Lunatic asylums Bombay report 1891-1903 - 1891-1903
Year: 1891
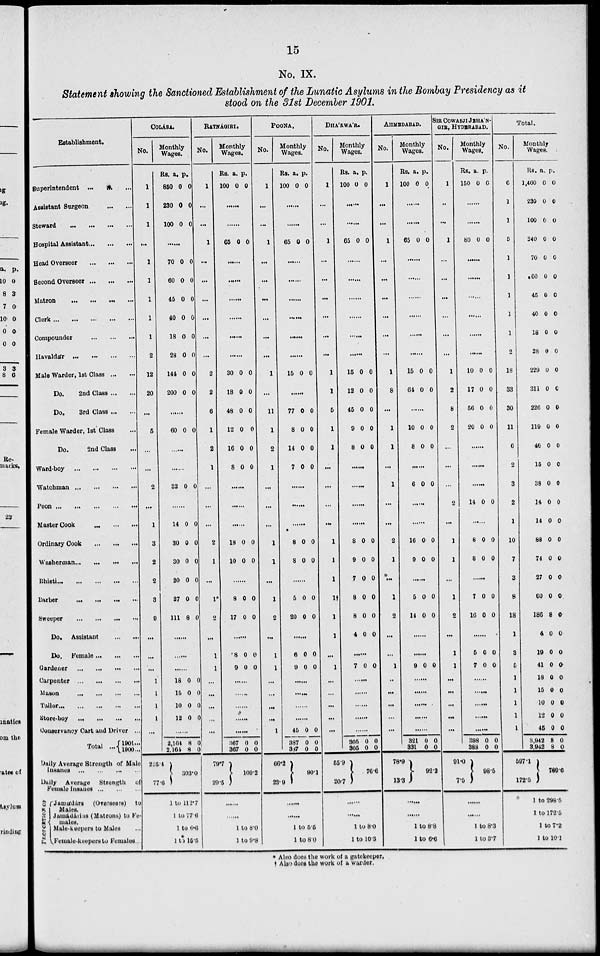
15
No. IX.
Statement showing the Sanctioned Establishment of the Lunatic Asylums in the Bombay Presidency as it
stood on the 31st December 1901.
Establishment.
Superintendent ... ... ...
Assistant Surgeon ... ... ...
Steward ... ... ...
Hospital Assistant ... ... ...
Head Overseer
...
...
...
Second Overseer
...
...
...
Matron
...
...
...
Clerk
...
...
...
...
...
Compounder
...
...
...
Havaldár
...
...
...
...
Male Warder, 1st Class ... ... ...
Do.
2nd Class ... ... ...
Do.
3rd Class ... ... ...
Female Warder, 1st Class ...
Do.
2nd Class ...
Ward-boy ... ... ... ...
Watchman...
...
...
Peon ... ... ... ... ... ...
Master Cook
...
...
...
Ordinary Cook
...
...
...
Washerman
...
...
...
Bhisti...
...
...
...
Barber
...
... ... ...
Sweeper
...
...
...
...
Do. Assistant ... ... ...
Do.
Female
...
...
...
Gardener ... ... ... ...
...
Carpenter
...
...
...
Mason
...
...
...
Tailor
...
...
...
Store-boy
...
... ... ... ...
Conservancy Cart and Driver ...
Total
...
1901 ...
1900 ...
Daily Average Strength of Male
Insanes
...
...
...
...
Daily Average Strength of
Female Insanes
...
...
...
PROPORTION OF
Jamádárs
(Overseers) to
Males.
Jamádárins (Matrons) to Fe-
males.
Male-keepers to Males ...
Female-keepers to Females ...
COLÁBA.
No.
1
1
1
...
1
1
1
1
1
2
12
20
...
5
...
...
2
...
1
3
2
2
3
0
...
...
...
1
1
1
1
...
Monthly
Wages.
Rs.
850
230
100
a.
0
0
0
p.
0
0
0
......
70
60
45
40
18
28
144
200
0
0
0
0
0
0
0
0
0
0
0
0
0
0
0
0
......
60 0 0
......
......
32 0 0
......
14
30
30
20
27
111
0
0
0
0
0
8
0
0
0
0
0
0
......
......
......
18
15
10
12
0
0
0
0
0
0
0
0
......
2,164
2,161
225.4
77.6
8
8
0
0
303.0
1 to 112.7
to 77.6
1 to 6.6
1 to 15.5
RATNÁGIRI.
No.
1
...
...
1
...
...
...
...
...
...
2
2
6
1
2
1
...
...
...
2
1
...
1*
2
...
1
1
...
...
...
...
...
Rs.
100 0
a.
0
Monthly
Wages.
p.
......
65 0
0
......
......
......
......
......
......
30
18
48
12
16
8
0
0
0
0
0
0
0
0
0
0
0
0
......
......
......
18
10
0
0
0
0
8
17
0
0
0
0
8
9
0
0
0
0
......
......
......
......
......
367
367
79.7
29.5
0
0
0
0
109.2
......
......
1 to 8.0
1 to 9.8
POONA.
No.
1
...
...
1
...
...
...
...
...
...
1
...
11
1
2
1
...
...
...
1
1
...
1
2
...
1
1
...
...
...
...
1
Monthly
Wages.
Rs.
100
a.
0
p
0
......
65 0 0
......
......
15 0 0
......
77
8
14
7
0
0
0
0
0
0
0
0
......
......
......
8
8
0
0
0
0
5
20
0
0
0
0
......
6
9
0
0
0
0
......
......
......
......
45
387
387
66.2
23.9
0
0
0
0
0
0
90.1
......
......
1 to 5.5
1 to 80
DHA'RWA'R.
No.
1
...
...
1
...
...
...
...
...
...
1
1
5
1
1
...
...
...
...
1
1
1
1†
1
1
...
1
...
...
...
...
...
Monthly
Wages.
Rs.
100
p.
0 0
......
......
65 0 0
......
......
......
......
......
......
15
12
45
9
8
0
0
0
0
0
0
0
0
0
0
......
......
......
......
8
9
7
8
8
4
0
0
0
0
0
0
0
0
0
0
0
0
......
7 0 0
......
......
......
......
......
305
305
55.9
20.7
0
0
0
0
76.6
......
1 to 8.0
1 to 10-3
AHMEDABAD.
No.
1
...
...
1
...
...
...
...
...
...
1
8
...
1
1
...
1
...
...
2
1
...
1
2
...
...
1
..
...
...
...
...
Monthly
Wages.
Rs.
100
a.
0
p
0
......
......
65 0 0
......
......
......
......
15
64
0
0
0
0
......
10
8
0
0
0
0
......
6 0 0
.....
......
16
9
0
0
0
0
......
5
14
0
0
0
0
......
......
1 0
0
......
......
......
......
......
321
331
78.9
13.3
0
0
0
0
92.2
......
......
1 to 8.8
1 to 6.6
SIR COWASJI JEHA'N¬
GIR, HYDERABAD.
No.
1
...
...
1
...
...
...
...
...
...
1
2
8
2
...
...
...
2
...
1
1
...
1
2
...
1
1
...
...
...
...
...
Monthly
Wages.
Rs.
150
a.
0
p.
0
......
......
80 0 0
......
......
......
......
......
......
10
17
56
20
0
0
0
0
0
0
0
0
......
......
......
14 0 0
......
8
8
0
0
0
0
......
7
16
0
0
0
0
......
5
7
0
0
0
0
......
......
......
......
......
398
383
91.0
7.5
0
0
0
0
98.5
......
1 to 8.3
1 to 3.7
Total.
No.
6
1
1
5
1
1
1
1
1
2
18
33
30
11
6
2
3
2
1
10
7
3
8
18
1
3
5
1
1
1
1
1
Monthly
Wages.
Rs.
1,400
230
100
340
70
*60
45
40
18
28
229
311
226
119
46
15
38
14
14
88
74
27
60
186
4
19
41
18
15
10
12
45
8,942
3,942
597.1
172.5
a.
0
0
0
0
0
0
0
0
0
9
0
0
0
0
0
0
0
0
0
0
0
0
0
8
0
0
0
0
0
0
0
0
8
8
p.
0
0
0
0
0
0
0
0
0
0
0
0
0
0
0
0
0
0
0
0
0
0
0
0
0
0
0
0
0
0
0
0
0
0
769.6
1 to 298.5
1 to 172.5
1 to 7.2
1 to 10.1
* Also does the work of a gatekeeper.
† Also does the work of a warder.